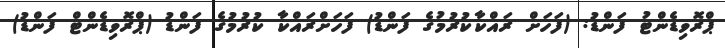
ޕްރޮވިޑެންޓު ފަންޑު: (ފަހަށް ރައްކާކުރުމުގެ ފަންޑު) ފަހަށްރައްކާ ކުރުމުގެ ފަންޑު (ޕްރޮވިޑެންޓް ފަންޑު)